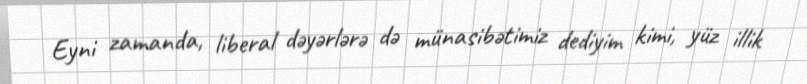
Eyni zamanda, liberal dəyərlərə də münasibətimiz dediyim kimi, yüz illik